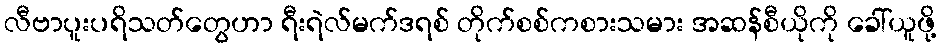
လီဗာပူးပရိသတ်တွေဟာ ရီးရဲလ်မက်ဒရစ် တိုက်စစ်ကစားသမား အဆန်စီယိုကို ခေါ်ယူဖို့